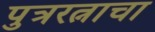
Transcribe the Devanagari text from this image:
पुत्ररत्नाचा